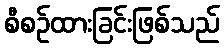
စီစဉ်ထားခြင်းဖြစ်သည်